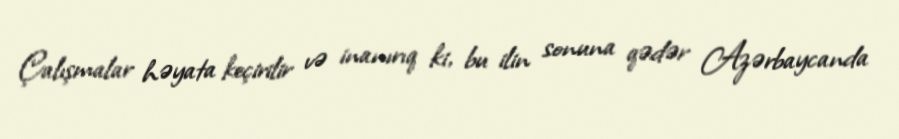
Çalışmalar həyata keçirilir və inanırıq ki, bu ilin sonuna qədər Azərbaycanda